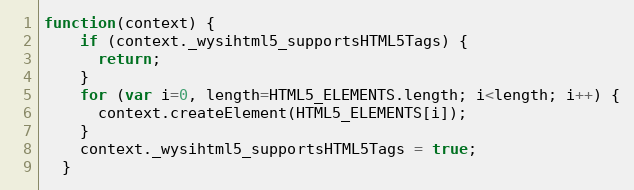
Language: JavaScript
function(context) {
    if (context._wysihtml5_supportsHTML5Tags) {
      return;
    }
    for (var i=0, length=HTML5_ELEMENTS.length; i<length; i++) {
      context.createElement(HTML5_ELEMENTS[i]);
    }
    context._wysihtml5_supportsHTML5Tags = true;
  }